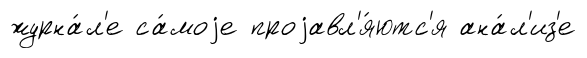
журна́л'е са́моjе проjавл'я́ютс'я ана́л'из'е